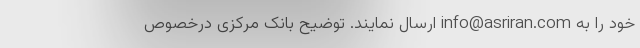
خود را به info@asriran.com ارسال نمایند. توضیح بانک مرکزی درخصوص